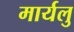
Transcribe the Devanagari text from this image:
मार्यलु